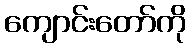
ကျောင်းတော်ကို